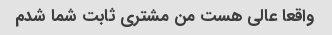
واقعا عالی هست من مشتری ثابت شما شدم